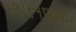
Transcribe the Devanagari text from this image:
१९५१पासून